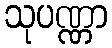
သုပဏ္ဏာ